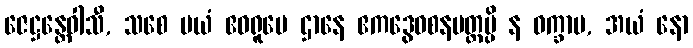
ဇေဋ္ဌန္တေဝါသီ, သစေ မယံ ဧဝရူပေ ဌာနေ ဧကဒွေဝစနမတ္တမ္ပိ န ဝက္ခာမ, အယံ နော